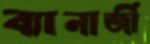
ব্যানার্জী